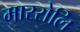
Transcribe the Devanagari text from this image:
माररोलि